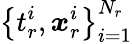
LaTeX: \left\{ t_{r}^{i},\boldsymbol{x}_{r}^{i}\right\} _{i=1}^{N_{r}}